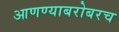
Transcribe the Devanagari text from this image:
आणण्याबरोबरच